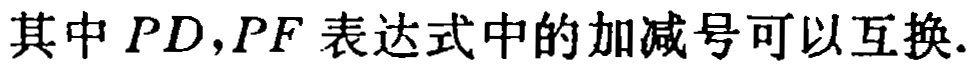
其中 \(PD,PF\) 表达式中的加减号可以互换.